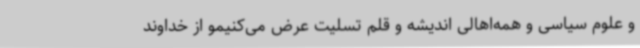
و علوم سیاسی و همه‌اهالی اندیشه و قلم تسلیت عرض می‌کنیمو از خداوند